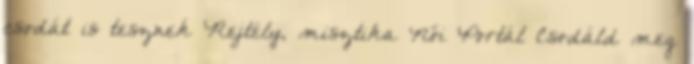
csodát is tesznek Rejtély, misztika Női Portál Csodáld meg